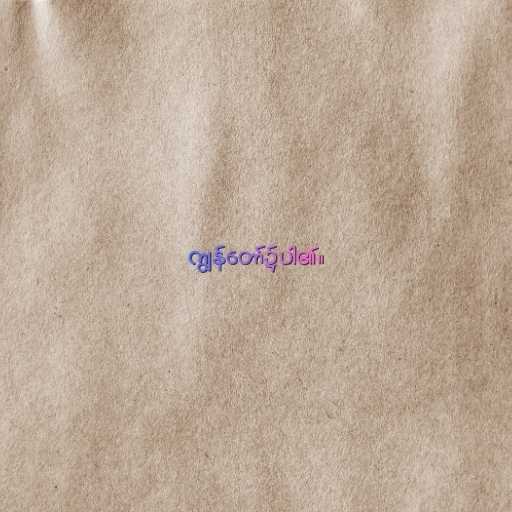
ကျွန်တော်၌ပါ၏။